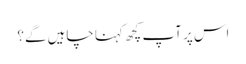
اس پر آپ کچھ کہنا چاہیں گے؟